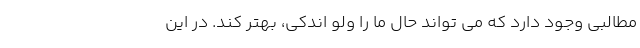
مطالبی وجود دارد که می تواند حال ما را ولو اندکی، بهتر کند. در این